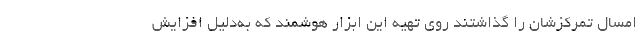
امسال تمرکزشان را گذاشتند روی تهیه این ابزار هوشمند که به‌دلیل افزایش